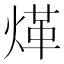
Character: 煂